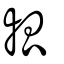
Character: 瓡